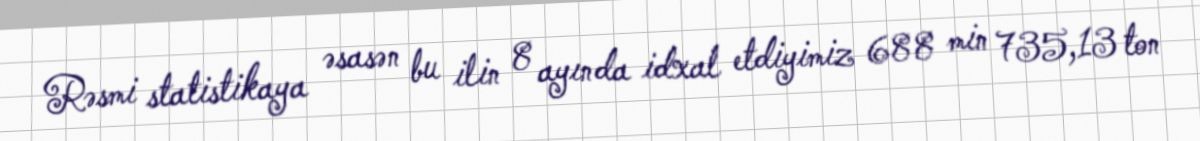
Rəsmi statistikaya əsasən bu ilin 8 ayında idxal etdiyimiz 688 min 735,13 ton